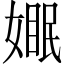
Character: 𪦓